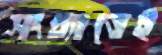
সংখ্যাতেই